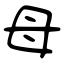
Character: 母